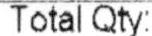
TOTAL QTY: